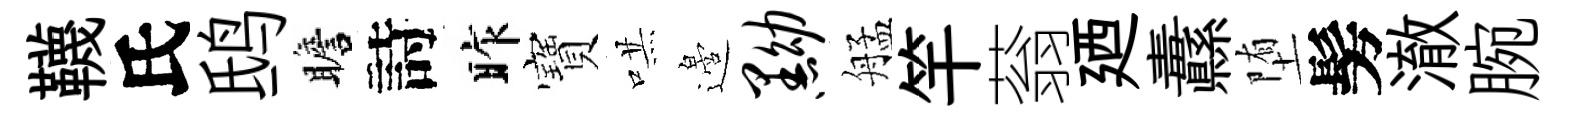
韈氏鸱瞻詩昨寶哄邉黝艋竿蓊廼纛堕髣澈腕